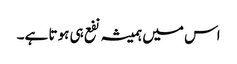
اس میں ہمیشہ نفع ہی ہوتا ہے۔